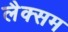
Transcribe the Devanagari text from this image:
लैक्सम